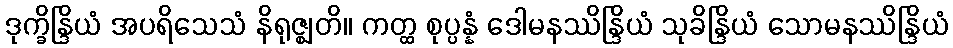
ဒုက္ခိန္ဒြိယံ အပရိသေသံ နိရုဇ္ဈတိ။ ကတ္ထ စုပ္ပန္နံ ဒေါမနဿိန္ဒြိယံ သုခိန္ဒြိယံ သောမနဿိန္ဒြိယံ